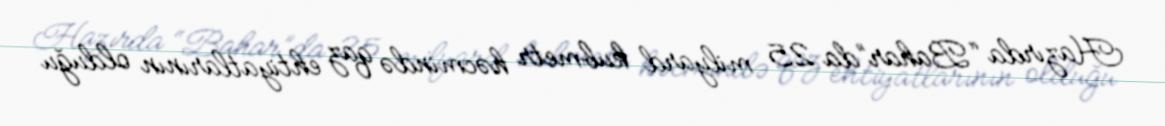
Hazırda “Bahar”da 25 milyard kubmetr həcmində qaz ehtiyatlarının olduğu